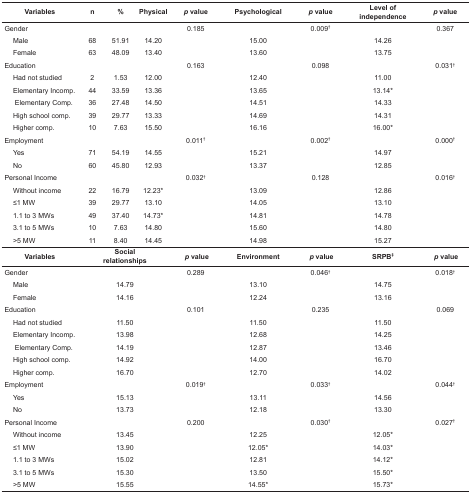
<table><thead><tr><td colspan="2"><b>Variables</b></td><td><b>n</b></td><td><b>%</b></td><td><b>Physical</b></td><td><b><i>p</i> value</b></td><td><b>Psychological</b></td><td><b><i>p</i> value</b></td><td><b>Level of independence</b></td><td><b><i>p</i> value</b></td></tr></thead><tbody><tr><td colspan="2"> Gender</td><td></td><td></td><td></td><td> 0.185</td><td></td><td> 0.009<sup>†</sup></td><td></td><td> 0.367</td></tr><tr><td></td><td> Male</td><td> 68</td><td> 51.91</td><td> 14.20</td><td></td><td> 15.00</td><td></td><td> 14.26</td><td></td></tr><tr><td></td><td> Female</td><td> 63</td><td> 48.09</td><td> 13.40</td><td></td><td> 13.60</td><td></td><td> 13.75</td><td></td></tr><tr><td colspan="2"> Education</td><td></td><td></td><td></td><td> 0.163</td><td></td><td> 0.098</td><td></td><td> 0.031<sup>†</sup></td></tr><tr><td></td><td> Had not studied</td><td> 2</td><td> 1.53</td><td> 12.00</td><td></td><td> 12.40</td><td></td><td> 11.00</td><td></td></tr><tr><td></td><td> Elementary Incomp.</td><td> 44</td><td> 33.59</td><td> 13.36</td><td></td><td> 13.65</td><td></td><td> 13.14*</td><td></td></tr><tr><td></td><td>Elementary Comp.</td><td> 36</td><td> 27.48</td><td> 14.50</td><td></td><td> 14.51</td><td></td><td> 14.33</td><td></td></tr><tr><td></td><td> High school comp.</td><td> 39</td><td> 29.77</td><td> 13.33</td><td></td><td> 14.69</td><td></td><td> 14.31</td><td></td></tr><tr><td></td><td> Higher comp.</td><td> 10</td><td> 7.63</td><td> 15.50</td><td></td><td> 16.16</td><td></td><td> 16.00*</td><td></td></tr><tr><td colspan="2"> Employment</td><td></td><td></td><td></td><td> 0.011<sup>†</sup></td><td></td><td> 0.002<sup>†</sup></td><td></td><td> 0.000<sup>†</sup></td></tr><tr><td></td><td> Yes</td><td> 71</td><td> 54.19</td><td> 14.55</td><td></td><td> 15.21</td><td></td><td> 14.97</td><td></td></tr><tr><td></td><td> No</td><td> 60</td><td> 45.80</td><td> 12.93</td><td></td><td> 13.37</td><td></td><td> 12.85</td><td></td></tr><tr><td colspan="2"> Personal Income</td><td></td><td></td><td></td><td> 0.032<sup>†</sup></td><td></td><td> 0.128</td><td></td><td> 0.016<sup>†</sup></td></tr><tr><td></td><td> Without income</td><td> 22</td><td> 16.79</td><td> 12.23*</td><td></td><td> 13.09</td><td></td><td> 12.86</td><td></td></tr><tr><td></td><td> ≤1 MW</td><td> 39</td><td> 29.77</td><td> 13.10</td><td></td><td> 14.05</td><td></td><td> 13.10</td><td></td></tr><tr><td></td><td> 1.1 to 3 MWs</td><td> 49</td><td> 37.40</td><td> 14.73*</td><td></td><td> 14.81</td><td></td><td> 14.78</td><td></td></tr><tr><td></td><td> 3.1 to 5 MWs</td><td> 10</td><td> 7.63</td><td> 14.80</td><td></td><td> 15.60</td><td></td><td> 14.80</td><td></td></tr><tr><td></td><td> &gt;5 MW</td><td> 11</td><td> 8.40</td><td> 14.45</td><td></td><td> 14.98</td><td></td><td> 15.27</td><td></td></tr><tr><td colspan="4"><b>Variables</b></td><td><b>Social relationships</b></td><td><b><i> p</i> value</b></td><td><b>Environment</b></td><td><b><i> p</i> value</b></td><td><b>SRPB<sup>‡</sup></b></td><td><b><i> p</i> value</b></td></tr><tr><td colspan="2"> Gender</td><td></td><td></td><td></td><td> 0.289</td><td></td><td> 0.046<sup>†</sup></td><td></td><td> 0.018<sup>†</sup></td></tr><tr><td></td><td> Male</td><td></td><td></td><td> 14.79</td><td></td><td> 13.10</td><td></td><td> 14.75</td><td></td></tr><tr><td></td><td> Female</td><td></td><td></td><td> 14.16</td><td></td><td> 12.24</td><td></td><td> 13.16</td><td></td></tr><tr><td colspan="2"> Education</td><td></td><td></td><td></td><td> 0.101</td><td></td><td> 0.235</td><td></td><td> 0.069</td></tr><tr><td></td><td> Had not studied</td><td></td><td></td><td> 11.50</td><td></td><td> 11.50</td><td></td><td> 11.50</td><td></td></tr><tr><td></td><td> Elementary Incomp.</td><td></td><td></td><td> 13.98</td><td></td><td> 12.68</td><td></td><td> 14.25</td><td></td></tr><tr><td></td><td>Elementary Comp.</td><td></td><td></td><td> 14.19</td><td></td><td> 12.87</td><td></td><td> 13.46</td><td></td></tr><tr><td></td><td> High school comp.</td><td></td><td></td><td> 14.92</td><td></td><td> 14.00</td><td></td><td> 16.70</td><td></td></tr><tr><td></td><td> Higher comp.</td><td></td><td></td><td> 16.70</td><td></td><td> 12.70</td><td></td><td> 14.02</td><td></td></tr><tr><td colspan="2"> Employment</td><td></td><td></td><td></td><td> 0.019<sup>†</sup></td><td></td><td> 0.033<sup>†</sup></td><td></td><td> 0.044<sup>†</sup></td></tr><tr><td></td><td> Yes</td><td></td><td></td><td> 15.13</td><td></td><td> 13.11</td><td></td><td> 14.56</td><td></td></tr><tr><td></td><td> No</td><td></td><td></td><td> 13.73</td><td></td><td> 12.18</td><td></td><td> 13.30</td><td></td></tr><tr><td colspan="2"> Personal Income</td><td></td><td></td><td></td><td> 0.200</td><td></td><td> 0.030<sup>†</sup></td><td></td><td> 0.027<sup>†</sup></td></tr><tr><td></td><td> Without income</td><td></td><td></td><td> 13.45</td><td></td><td> 12.25</td><td></td><td> 12.05*</td><td></td></tr><tr><td></td><td> ≤1 MW</td><td></td><td></td><td> 13.90</td><td></td><td> 12.05*</td><td></td><td> 14.03*</td><td></td></tr><tr><td></td><td> 1.1 to 3 MWs</td><td></td><td></td><td> 15.02</td><td></td><td> 12.81</td><td></td><td> 14.12*</td><td></td></tr><tr><td></td><td> 3.1 to 5 MWs</td><td></td><td></td><td> 15.30</td><td></td><td> 13.50</td><td></td><td> 15.50*</td><td></td></tr><tr><td></td><td> &gt;5 MW</td><td></td><td></td><td> 15.55</td><td></td><td> 14.55*</td><td></td><td> 15.73*</td><td></td></tr></tbody></table>